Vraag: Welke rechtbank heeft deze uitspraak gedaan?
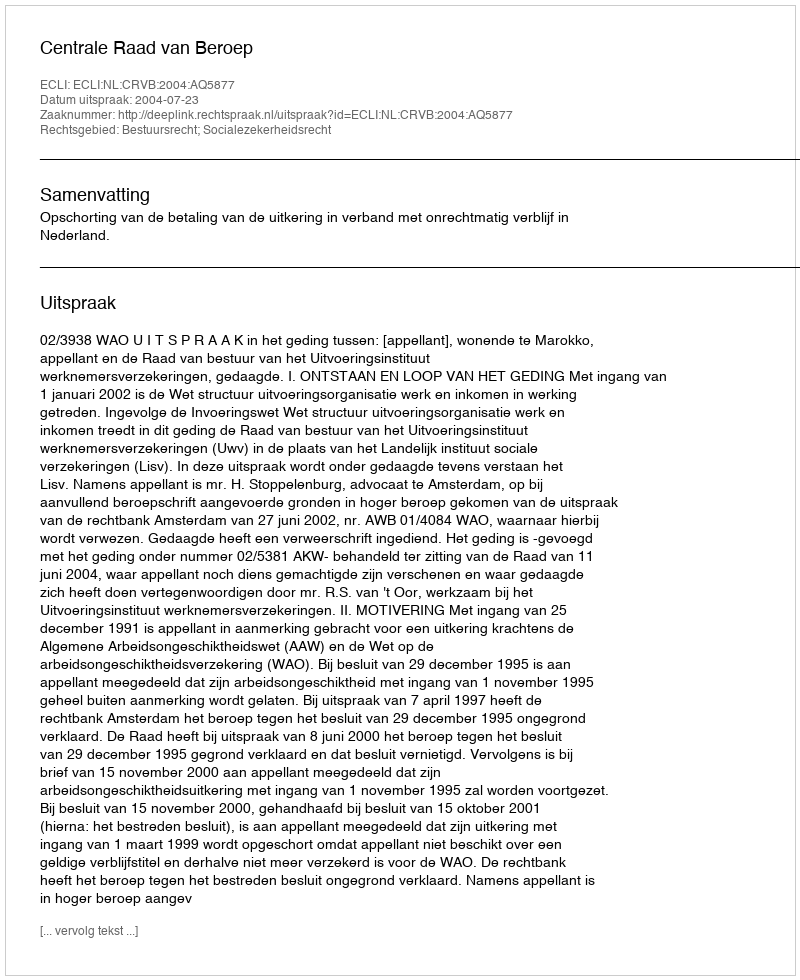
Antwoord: Centrale Raad van Beroep